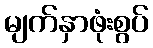
မျက်နှာဖုံးစွပ်